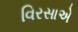
વિરસાએ